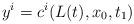
LaTeX: \begin{align*}y^{i} = c^{i}(L(t), x_{0}, t_{1}) \end{align*}